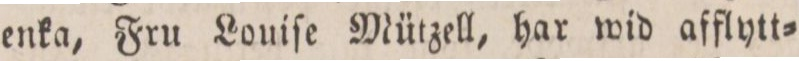
enka, Fru Louiſe Mützell, har wid afflytt=